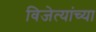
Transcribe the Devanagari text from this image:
विजेत्यांच्या